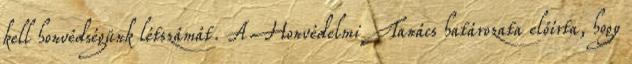
kell honvédségünk létszámát. A Honvédelmi Tanács határozata előírta, hogy